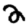
Digit: 2